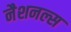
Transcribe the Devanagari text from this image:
नैशनल्स